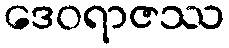
ဒေဝရာဇဿ